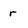
Character: r